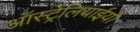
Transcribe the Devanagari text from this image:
ऑस्ट्रेलियाईयों